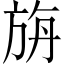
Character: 旃